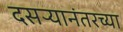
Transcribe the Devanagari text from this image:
दसऱ्यानंतरच्या